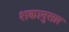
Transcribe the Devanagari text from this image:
शकानुसार